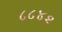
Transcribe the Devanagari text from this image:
८८४२